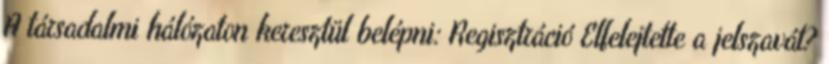
A társadalmi hálózaton keresztül belépni: Regisztráció Elfelejtette a jelszavát?